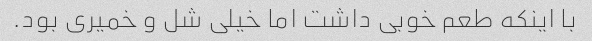
با اینکه طعم خوبی داشت اما خیلی شل و خمیری بود.